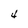
Character: 4